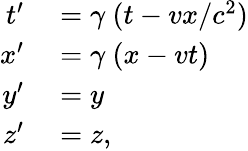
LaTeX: \begin{array}{rl}{t^{\prime}}&{{}=\gamma\ (t-vx/c^{2})}\\ {x^{\prime}}&{{}=\gamma\ (x-vt)}\\ {y^{\prime}}&{{}=y}\\ {z^{\prime}}&{{}=z,}\end{array}